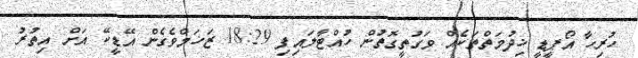
ހުރިހާ އޯޕީޑީ ޚިދުމަތްތަކެއް ވަގުތީގޮތުން ހުއްޓާލައިފި 18:29 ޒަޚަމްވެގެން އޭޑީކޭ އަށް އިތުރު